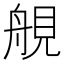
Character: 䚀